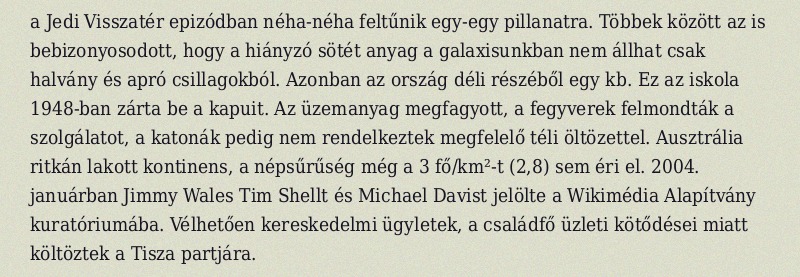
a Jedi Visszatér epizódban néha-néha feltűnik egy-egy pillanatra. Többek között az is bebizonyosodott, hogy a hiányzó sötét anyag a galaxisunkban nem állhat csak halvány és apró csillagokból. Azonban az ország déli részéből egy kb. Ez az iskola 1948-ban zárta be a kapuit. Az üzemanyag megfagyott, a fegyverek felmondták a szolgálatot, a katonák pedig nem rendelkeztek megfelelő téli öltözettel. Ausztrália ritkán lakott kontinens, a népsűrűség még a 3 fő/km²-t (2,8) sem éri el. 2004. januárban Jimmy Wales Tim Shellt és Michael Davist jelölte a Wikimédia Alapítvány kuratóriumába. Vélhetően kereskedelmi ügyletek, a családfő üzleti kötődései miatt költöztek a Tisza partjára.